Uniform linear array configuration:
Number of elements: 24
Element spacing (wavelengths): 0.5
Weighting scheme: binomial
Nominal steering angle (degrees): -45
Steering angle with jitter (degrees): -44.678
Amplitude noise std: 0.05
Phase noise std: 0.05

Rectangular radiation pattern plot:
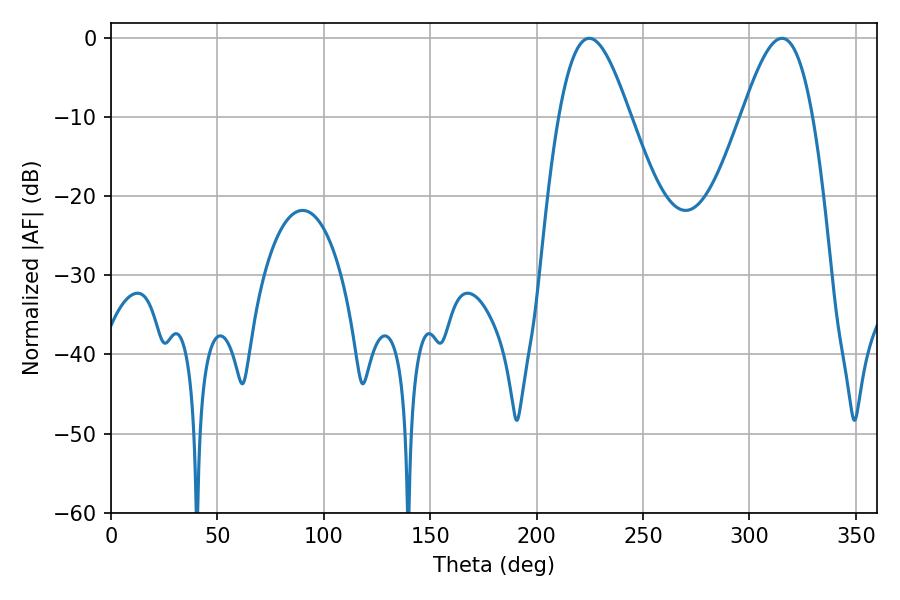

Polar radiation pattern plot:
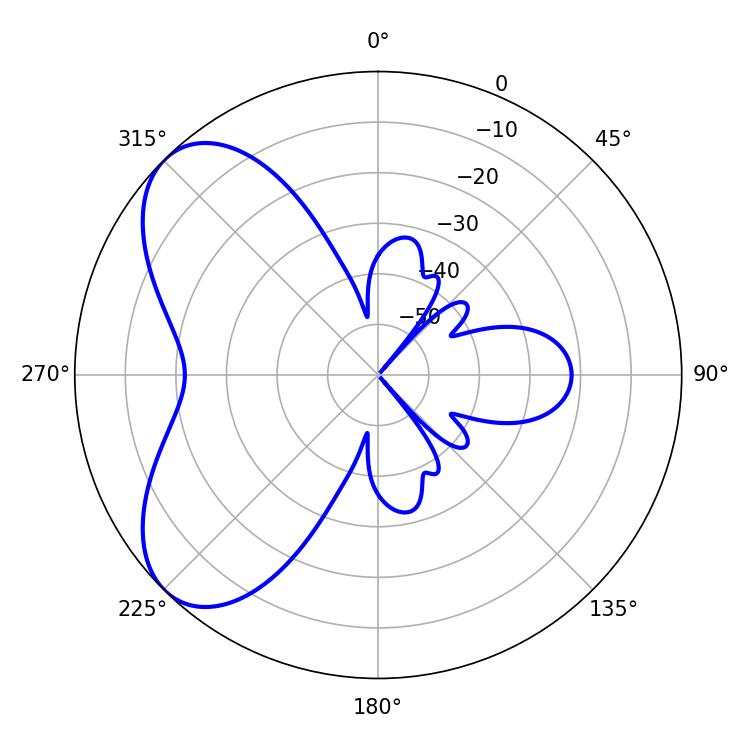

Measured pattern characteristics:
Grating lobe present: FALSE
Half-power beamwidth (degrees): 17.82
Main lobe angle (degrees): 224.64